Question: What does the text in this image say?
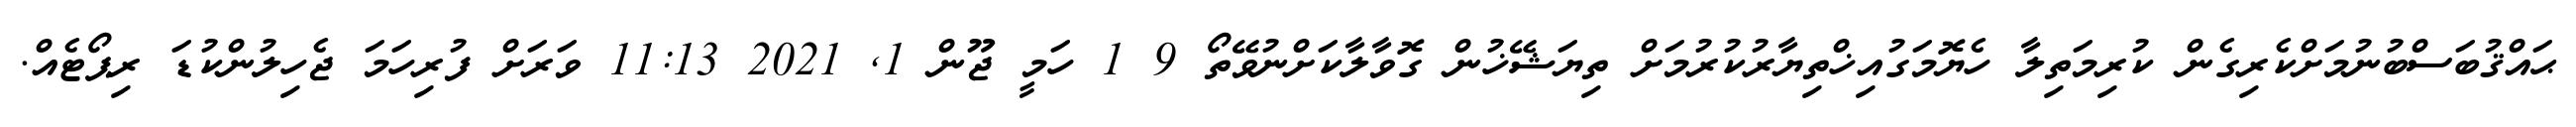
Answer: ޙައްޤުބަސްބުނުމަށްކެރިގެން ކުރިމަތިލާ ހެޔޮމަގުއިޚްތިޔާރުކުރުމަށް ތިޔަޝޭޚުން ގޮވާލާކަށްނުވޭތޯ 9 1 ހަމީ ޖޫން 1, 2021 11:13 ވަރަށް ފުރިހަމަ ޖެހިލުންކުޑަ ރިޕޯޓެއް.